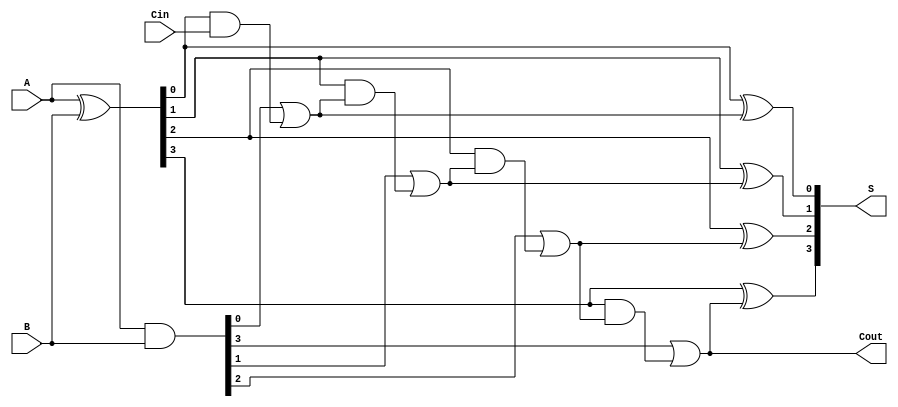
module CarrySelectAdder #(parameter N = 4) (
    input  [N-1:0] A,      // First input
    input  [N-1:0] B,      // Second input
    input         Cin,      // Carry input
    output [N-1:0] S,      // Sum output
    output        Cout      // Carry output
);
    wire [N:0] P;         // Propagate signals
    wire [N:0] G;         // Generate signals
    wire [N:0] C;         // Carry signals

    // Generate P and G signals
    assign P = A ^ B;       // Propagate = A XOR B
    assign G = A & B;       // Generate = A AND B

    // Carry generation using prefix tree
    genvar i;
    generate
        // Calculate carry signals for each block
        for (i = 0; i < N; i = i + 1) begin: carry_gen
            if (i == 0) begin
                assign C[i] = G[i] | (P[i] & Cin); // First carry
            end else begin
                assign C[i] = G[i] | (P[i] & C[i-1]); // Subsequent carries
            end
        end
    endgenerate

    // Sum calculation using carry select method
    generate
        for (i = 0; i < N; i = i + 1) begin: sum_calc
            assign S[i] = P[i] ^ C[i]; // Sum = Propagate XOR Carry
        end
    endgenerate

    // Final carry-out
    assign Cout = C[N-1]; // Carry-out is the last carry

endmodule